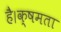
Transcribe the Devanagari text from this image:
है।क्षमता